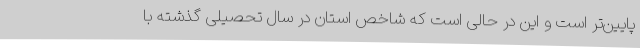
پایین‌تر است و این در حالی است که شاخص استان در سال تحصیلی گذشته با